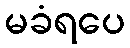
မခံရပေ